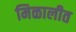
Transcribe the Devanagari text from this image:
मिळालीत